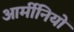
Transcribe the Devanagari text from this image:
आर्मीनियों